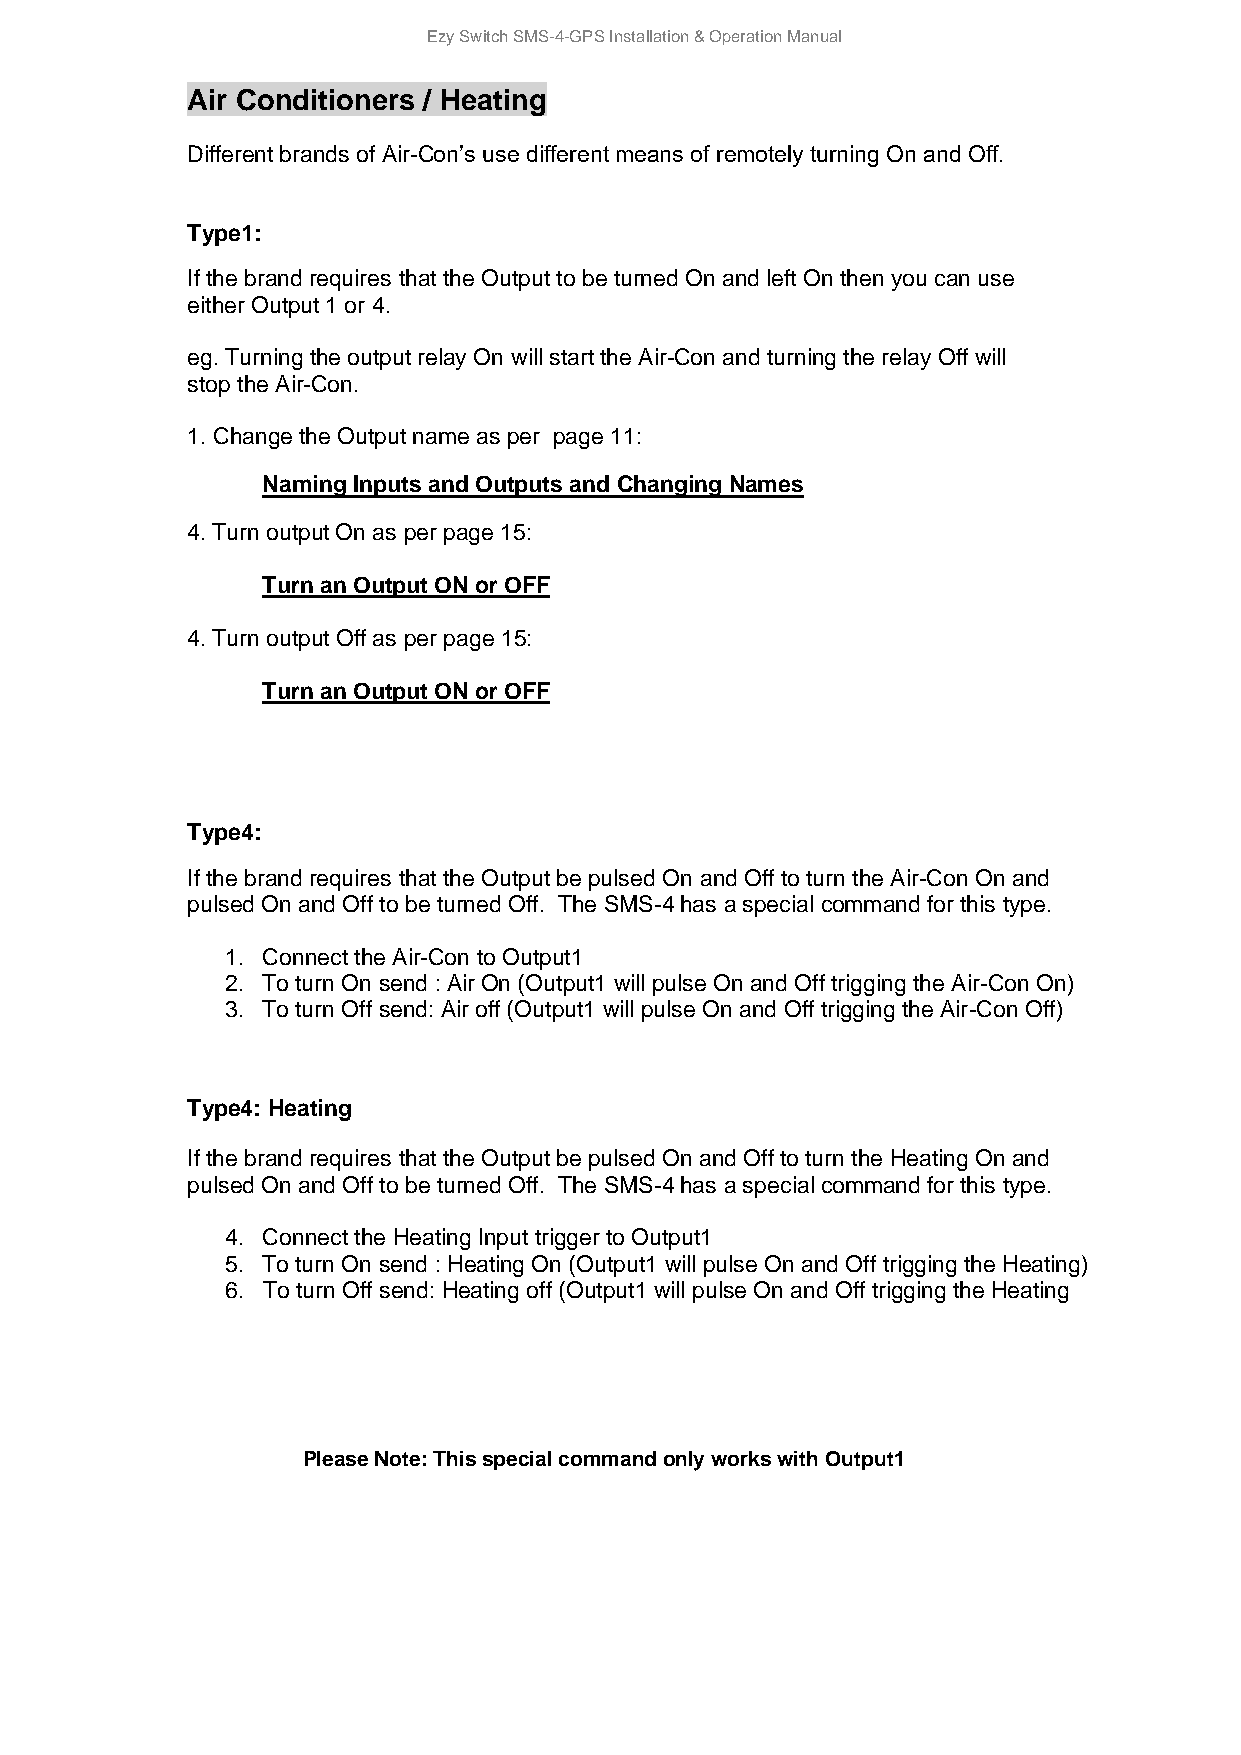
Ezy Switch SMS-4-GPS Installation & Operation Manual
 Air Conditioners / Heating
 Different brands of Air-Con’s use different means of remotely turning On and Off.
 Type1:
 If the brand requires that the Output to be turned On and left On then you can use
 either Output 1 or 4.
 eg. Turning the output relay On will start the Air-Con and turning the relay Off will
 stop the Air-Con.
 1. Change the Output name as per page 11:
 Naming Inputs and Outputs and Changing Names
 4. Turn output On as per page 15:
 Turn an Output ON or OFF
 4. Turn output Off as per page 15:
 Turn an Output ON or OFF
 Type4:
 If the brand requires that the Output be pulsed On and Off to turn the Air-Con On and
 pulsed On and Off to be turned Off. The SMS-4 has a special command for this type.
 1. Connect the Air-Con to Output1
 2. To turn On send : Air On (Output1 will pulse On and Off trigging the Air-Con On)
 3. To turn Off send: Air off (Output1 will pulse On and Off trigging the Air-Con Off)
 Type4: Heating
 If the brand requires that the Output be pulsed On and Off to turn the Heating On and
 pulsed On and Off to be turned Off. The SMS-4 has a special command for this type.
 4. Connect the Heating Input trigger to Output1
 5. To turn On send : Heating On (Output1 will pulse On and Off trigging the Heating)
 6. To turn Off send: Heating off (Output1 will pulse On and Off trigging the Heating
 Please Note: This special command only works with Output1